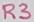
Text: R3